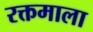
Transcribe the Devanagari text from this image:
रक्तमाला